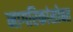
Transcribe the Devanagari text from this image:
नागरिकांसोबत